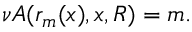
\nu A ( r _ { m } ( x ) , x , R ) = m .